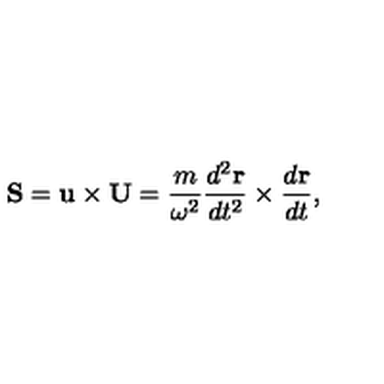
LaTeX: { \bf S } = { \bf u } \times { \bf U } = { \frac { m } { \omega ^ { 2 } } } { \frac { d ^ { 2 } { \bf r } } { d t ^ { 2 } } } \times { \frac { d { \bf r } } { d t } } ,